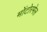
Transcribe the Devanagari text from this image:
मोंटोरमेल